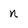
Character: n